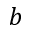
b